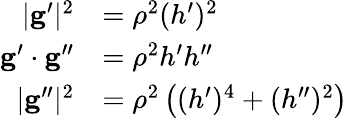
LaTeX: {\begin{array}{rl}{|\mathbf{g}^{\prime}|^{2}}&{=\rho^{2}(h^{\prime})^{2}}\\ {\mathbf{g}^{\prime}\cdot\mathbf{g}^{\prime\prime}}&{=\rho^{2}h^{\prime}h^{\prime\prime}}\\ {|\mathbf{g}^{\prime\prime}|^{2}}&{=\rho^{2}\left((h^{\prime})^{4}+(h^{\prime\prime})^{2}\right)}\end{array}}